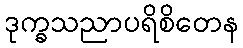
ဒုက္ခသညာပရိစိတေန